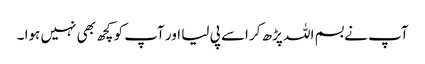
آپ نے بسم اللہ پڑھ کر اسے پی لیا اور آپ کو کچھ بھی نہیں ہوا ۔